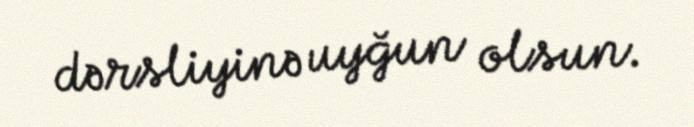
dərsliyinə uyğun olsun.